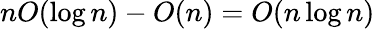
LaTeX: nO(\log n)-O(n)=O(n\log n)